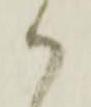
ハ